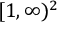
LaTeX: ~ [ 1 , \infty ) ^ { 2 }